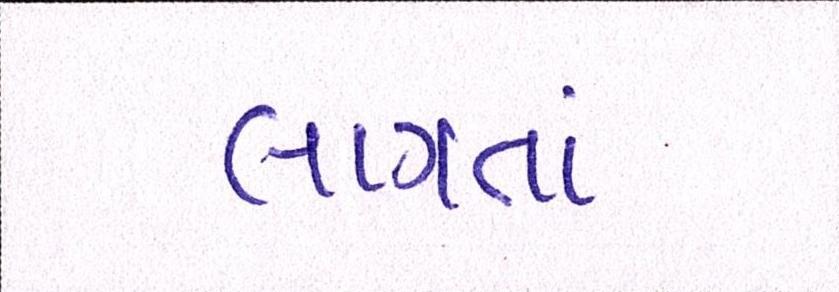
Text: લાગતાં